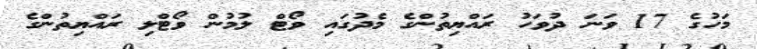
މަހުގެ 17 ވަނަ ދުވަހު ރައްޔިތުންގެ މެދުގައި ވޯޓް ލުމުން ވޯޓްލި ރައްޔިތުންގެ